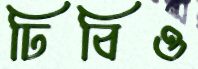
ঢিবিও